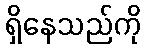
ရှိနေသည်ကို